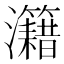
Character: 𤅔